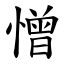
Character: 憎